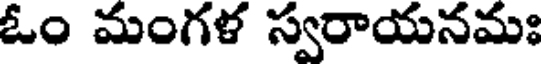
ఓం మంగళ స్వరాయనమః